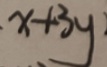
x + 3 y